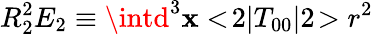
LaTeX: R_{2}^{2}E_{2}\equiv\intd^{3}\mathbf{x}<\! 2|T_{00}|2\! >r^{2}